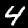
Label: 4